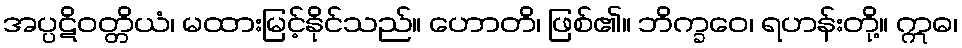
အပ္ပဋိဝတ္တိယံ၊ မထားမြင့်နိုင်သည်။ ဟောတိ၊ ဖြစ်၏။ ဘိက္ခဝေ၊ ရဟန်းတို့။ ဣဓ၊